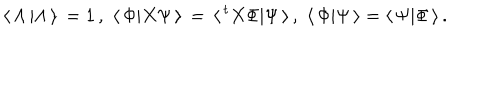
LaTeX: \langle \, \Lambda \, \vert \Lambda \, \rangle \, = 1 \, , \, \, \langle \, \Phi \vert X \Psi \, \rangle \, = \, \langle \, { ^ t X } \Phi \vert \Psi \, \rangle \, , \, \, \langle \, \Phi \vert \Psi \, \rangle = \langle \, \Psi \vert \Phi \, \rangle \, .